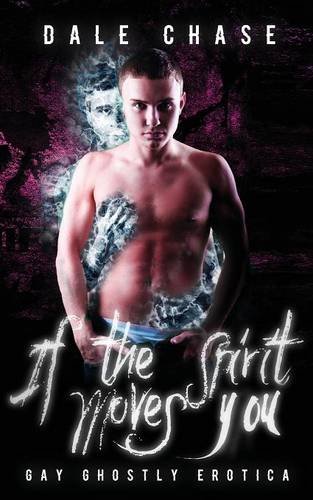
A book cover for If the Spirit Moves You: Ghostly Gay Erotica; Dale Chase; Romance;